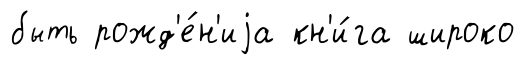
быть рожд'е́н'иjа кн'и́га широко